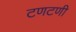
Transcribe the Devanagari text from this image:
टणटणी